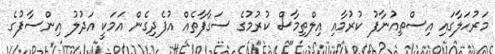
މަރުހަލާގައި އިސްތިއުނާފު ކުރުމާއި އިލްތިމާސް ކުރުމުގެ ސަގާފާތެއް އުފެދިގެން އަމަކީ އަދުލު އިންސާފުގެ